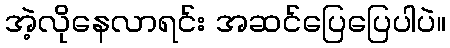
အဲ့လိုနေလာရင်း အဆင်ပြေပြေပါပဲ။